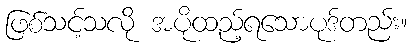
ဖြစ်သင့်သလို အပိုထည့်ရသောပုဒ်တည်း။